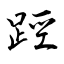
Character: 踁